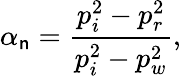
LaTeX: \alpha_{\mathsf{n}}=\frac{{p_{i}^{2}-p_{r}^{2}}}{{p_{i}^{2}-p_{w}^{2}}},